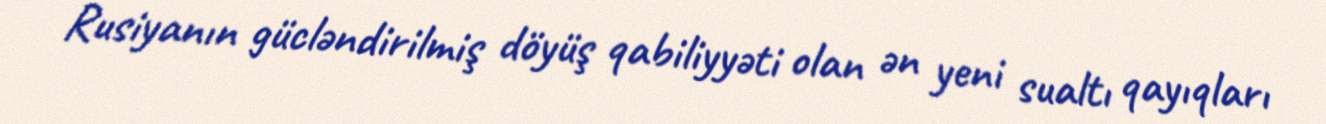
Rusiyanın gücləndirilmiş döyüş qabiliyyəti olan ən yeni sualtı qayıqları